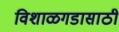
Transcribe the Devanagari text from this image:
विशाळगडासाठी